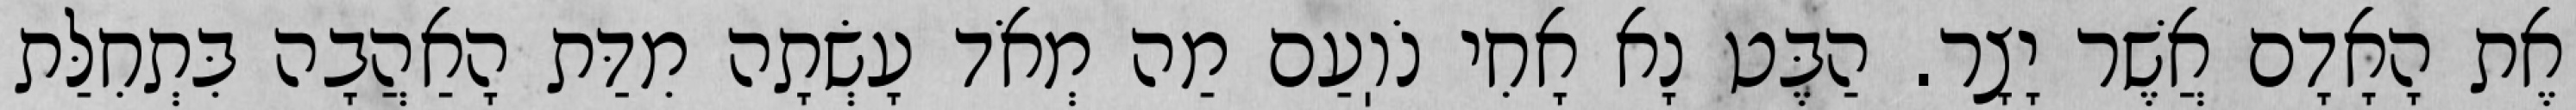
אֶת הָאָדָם אֲשֶׁר יָצָר. הַבֶּט נָא אָחִי נֹוֽעַם מַה מְאֹד עָשְׂתָה מִדַּת הָאַהֲבָה בִּתְחִלַּת